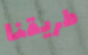
طريقنا